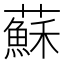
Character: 蘇